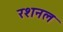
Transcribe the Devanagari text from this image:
रशनल